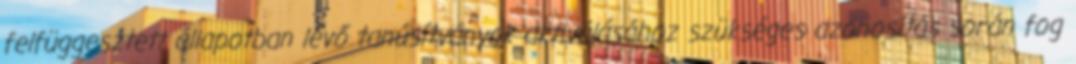
felfüggesztett állapotban lévő tanúsítványok aktiválásához szükséges azonosítás során fog